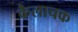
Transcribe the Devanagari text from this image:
कैलाचक